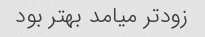
زود‌تر میامد بهتر بود